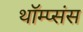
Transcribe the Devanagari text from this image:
थॉम्प्संस